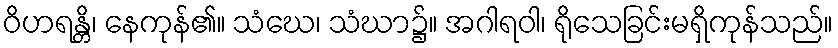
ဝိဟရန္တိ၊ နေကုန်၏။ သံဃေ၊ သံဃာ၌။ အဂါရဝါ၊ ရိုသေခြင်းမရှိကုန်သည်။